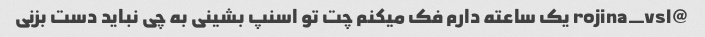
@rojina_vsl یک ساعته دارم فک میکنم چت تو اسنپ بشینی به چی نباید دست بزنی